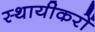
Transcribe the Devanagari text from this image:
स्थायीकरों